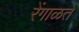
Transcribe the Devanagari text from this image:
रेंगाळते